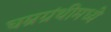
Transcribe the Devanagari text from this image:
घम्रग्रंथीमध्ये